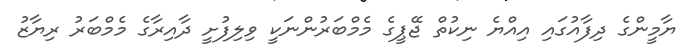
ޔާމީންގެ ދިފާއުގައި އިއްޔެ ނިކުތް ޖޭޕީގެ މެމްބަރުންނަކީ ވިލިފުށީ ދާއިރާގެ މެމްބަރު ރިޔާޒު